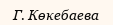
Г. Көкебаева